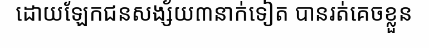
ដោយឡែកជនសង្ស័យ៣នាក់ទៀត បានរត់គេចខ្លួន